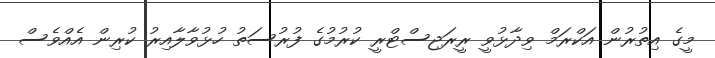
މީގެ އިތުރުން އަކްރަމް ވިދާޅުވީ ރީރަޖިސްޓްރީ ކުރުމުގެ ފުރުސަތު ހުޅުވާލާއިރު ކުރިން އެއްވެސް